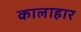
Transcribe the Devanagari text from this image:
कालाहार